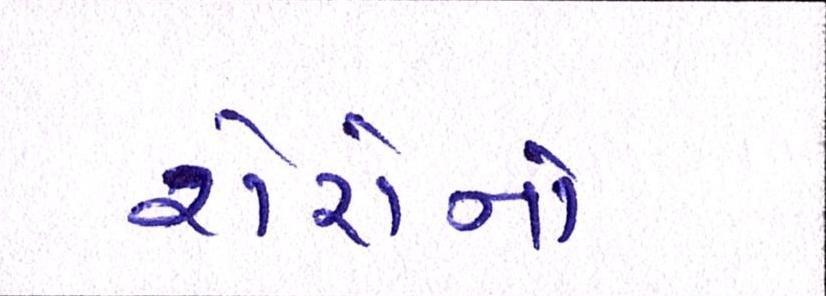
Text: શેરોનો